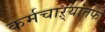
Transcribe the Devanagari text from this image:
कर्मचाऱ्यांतर्फे